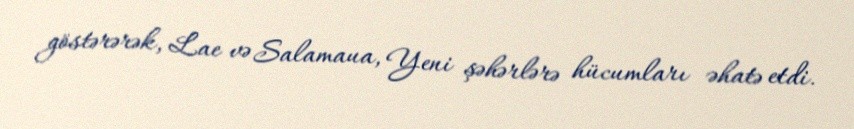
göstərərək, Lae və Salamaua, Yeni şəhərlərə hücumları əhatə etdi.